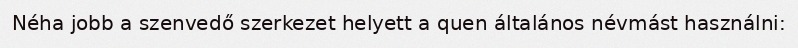
Néha jobb a szenvedő szerkezet helyett a quen általános névmást használni: